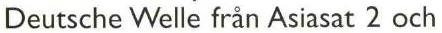
Deutsche Welle från Asiasat 2 och